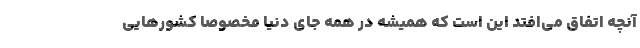
آنچه اتفاق می‌افتد این است که همیشه در همه جای دنیا مخصوصا کشور‌هایی